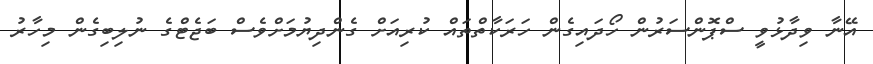
އޭނާ ވިދާޅުވީ ސްޕޮންސަރުން ހޯދައިގެން ހަރަކާތްތައް ކުރިއަށް ގެންދިޔުމަށްވެސް ބަޖެޓްގެ ނުލިބިގެން މިހާރު